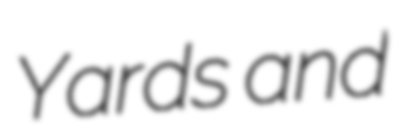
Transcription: Yards and